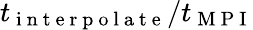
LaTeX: t_{\mathrm{~i~n~t~e~r~p~o~l~a~t~e~}}/t_{\mathrm{~M~P~I~}}